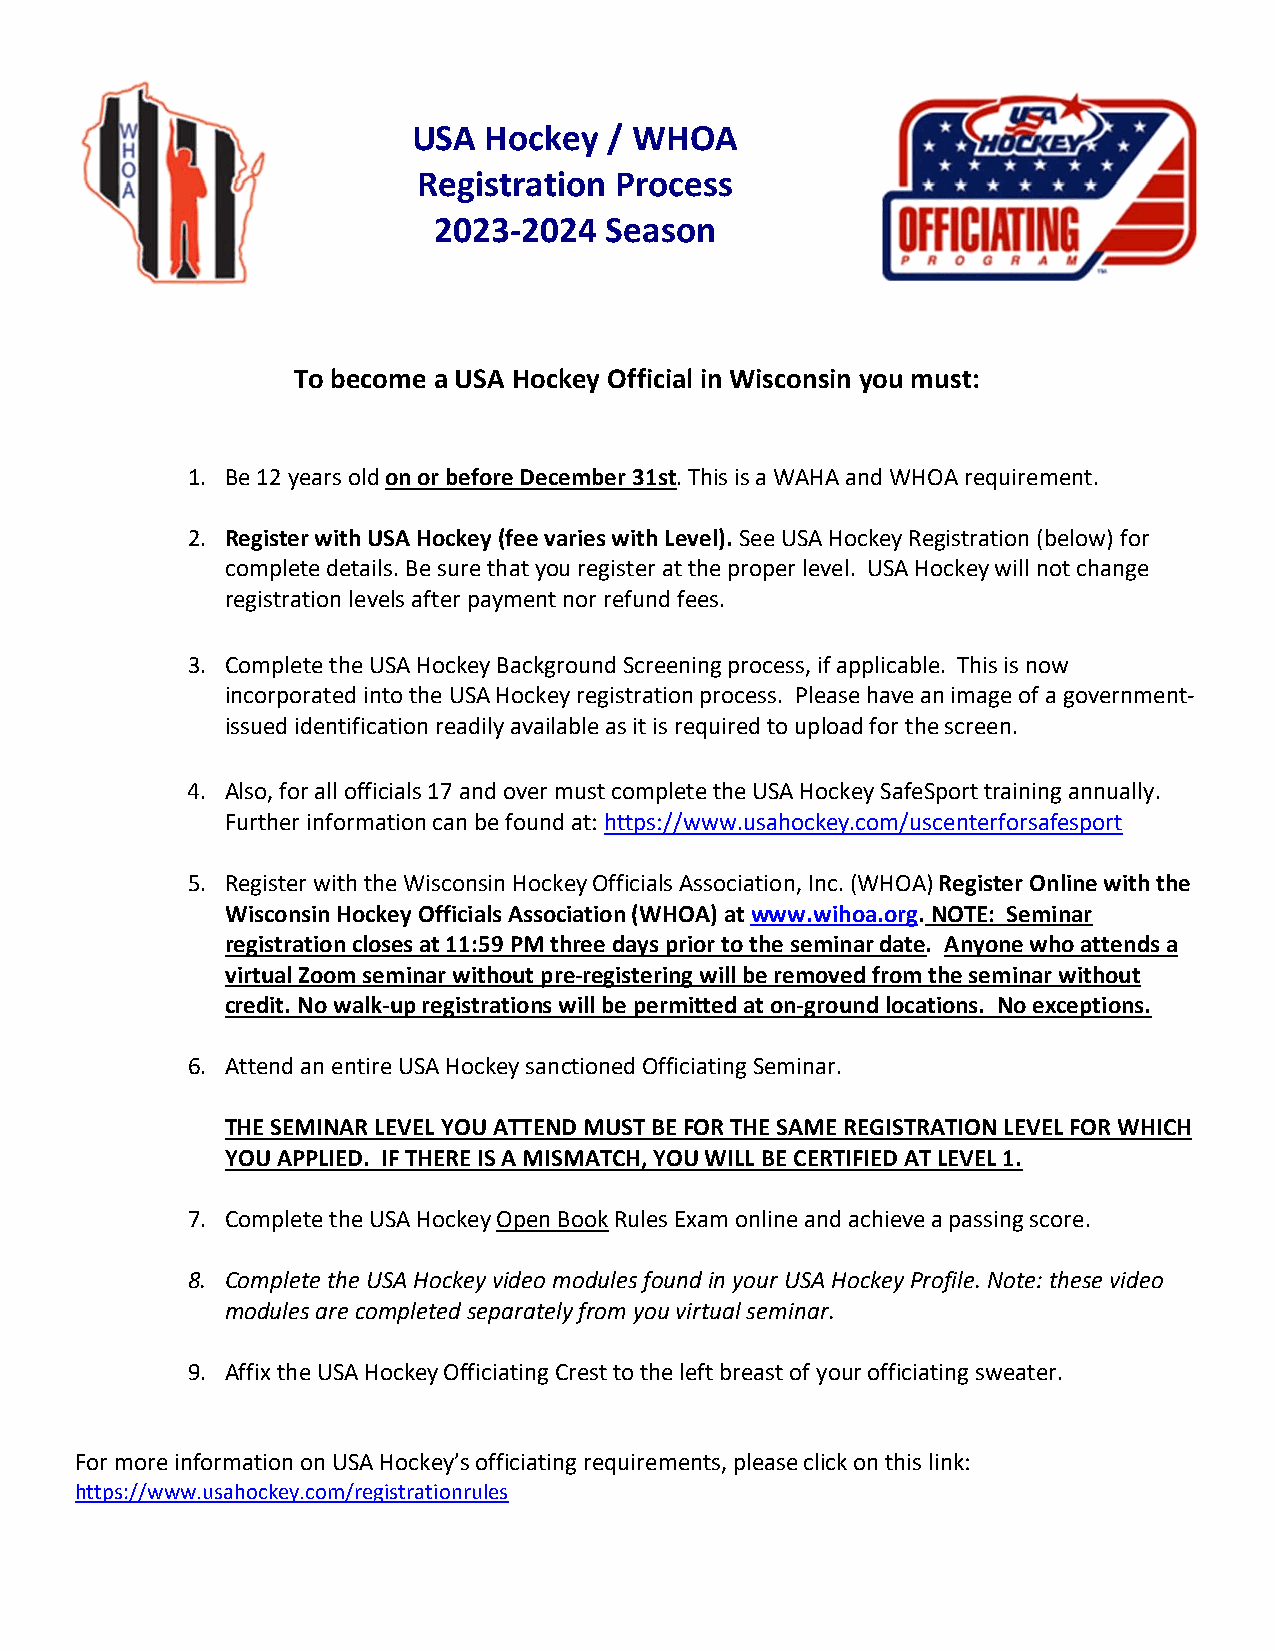
USA  Hockey  / WHOA
 Registration Process
 2023‐2024  Season
 To become a USA Hockey Official in Wisconsin you must:
 1. Be 12 years old on or before December 31st. This is a WAHA and WHOA requirement.
 2. Register with USA Hockey (fee varies with Level). See USA Hockey Registration (below) for
 complete details. Be sure that you register at the proper level. USA Hockey will not change
 registration levels after payment nor refund fees.
 3. Complete the USA Hockey Background Screening process, if applicable. This is now
 incorporated into the USA Hockey registration process. Please have an image of a government‐
 issued identification readily available as it is required to upload for the screen.
 4. Also, for all officials 17 and over must complete the USA Hockey SafeSport training annually.
 Further information can be found at: https://www.usahockey.com/uscenterforsafesport
 5. Register with the Wisconsin Hockey Officials Association, Inc. (WHOA) Register Online with the
 Wisconsin Hockey Officials Association (WHOA) at www.wihoa.org. NOTE: Seminar
 registration closes at 11:59 PM three days prior to the seminar date. Anyone who attends a
 virtual Zoom seminar without pre‐registering will be removed from the seminar without
 credit. No walk‐up registrations will be permitted at on‐ground locations. No exceptions.
 6. Attend an entire USA Hockey sanctioned Officiating Seminar.
 THE SEMINAR LEVEL YOU ATTEND MUST BE FOR THE SAME REGISTRATION LEVEL FOR WHICH
 YOU APPLIED. IF THERE IS A MISMATCH, YOU WILL BE CERTIFIED AT LEVEL 1.
 7. Complete the USA Hockey Open Book Rules Exam online and achieve a passing score.
 8. Complete the USA Hockey video modules found in your USA Hockey Profile. Note: these video
 modules are completed separately from you virtual seminar.
 9. Affix the USA Hockey Officiating Crest to the left breast of your officiating sweater.
 For more information on USA Hockey’s officiating requirements, please click on this link:
 https://www.usahockey.com/registrationrules